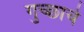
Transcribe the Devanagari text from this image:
गुच्छाचे